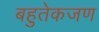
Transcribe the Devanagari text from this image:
बहुतेकजण